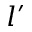
l ^ { \prime }